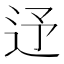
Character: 𨑦